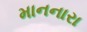
માનનારા